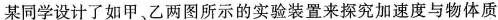
某同学设计了如甲、乙两图所示的实验装置来探究加速度与物体质